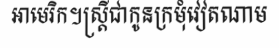
អាមេរិក។ស្ត្រីជាកូនក្រមុំវៀតណាម